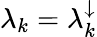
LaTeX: \lambda_{k}=\lambda_{k}^{\downarrow}